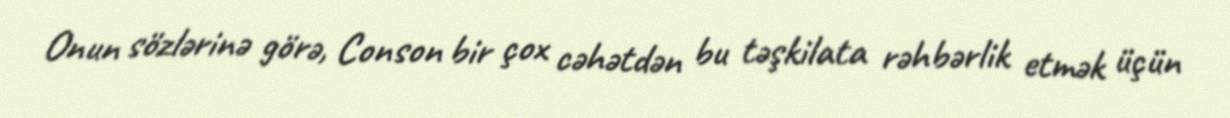
Onun sözlərinə görə, Conson bir çox cəhətdən bu təşkilata rəhbərlik etmək üçün